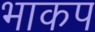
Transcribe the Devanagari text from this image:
भाकप